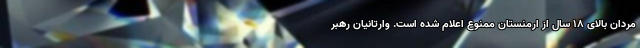
مردان بالای 18 سال از ارمنستان ممنوع اعلام شده است. وارتانیان رهبر